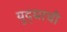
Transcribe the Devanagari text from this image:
युद्घाची